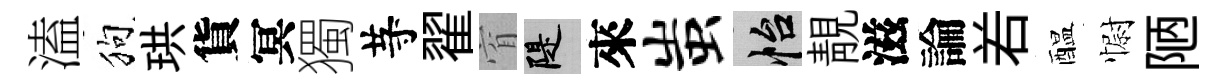
溘狗珙貨冥獨䒭翟窅堤來蚩怡靚滋論𠰥醖𢠢陋